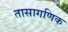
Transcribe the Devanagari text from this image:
तासागणिक